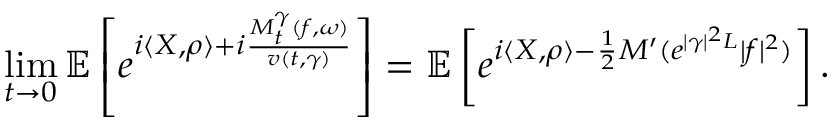
\operatorname* { l i m } _ { t \to 0 } { \ensuremath { \mathbb E } } \left[ e ^ { i \langle X , \rho \rangle + i \frac { M _ { t } ^ { \gamma } ( f , \omega ) } { v ( t , \gamma ) } } \right] = { \ensuremath { \mathbb E } } \left[ e ^ { i \langle X , \rho \rangle - \frac { 1 } { 2 } M ^ { \prime } ( e ^ { | \gamma | ^ { 2 } L } | f | ^ { 2 } ) } \right] .